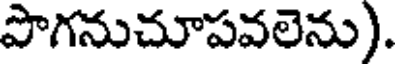
పొగనుచూపవలెను).